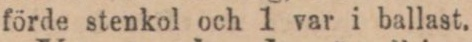
förde stenkol och 1 var i ballast.